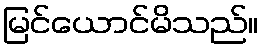
မြင်ယောင်မိသည်။